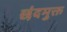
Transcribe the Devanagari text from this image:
छंदमुक्त